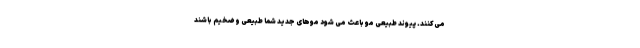
می‌کنند. پیوند طبیعی مو باعث می شود موهای جدید شما طبیعی و ضخیم باشند